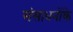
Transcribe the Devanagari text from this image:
संसाधनोंके